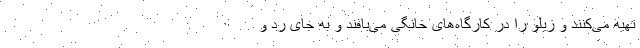
تهیه می‌کنند و زیلو را در کارگاه‌های خانگی می‌بافند و به جای رد و